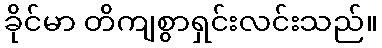
ခိုင်မာ တိကျစွာရှင်းလင်းသည်။